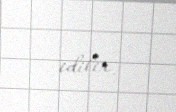
edilir.